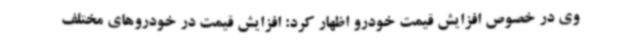
وی در خصوص افزایش قیمت خودرو اظهار کرد: افزایش قیمت در خودروهای مختلف